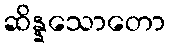
ဆိန္နသောတော